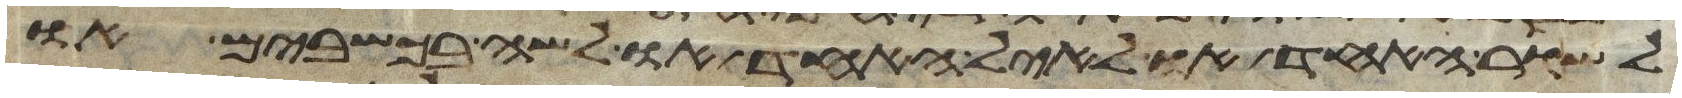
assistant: לשור האחד או לאיל האחד או לשה בכשבים או